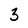
Character: 3